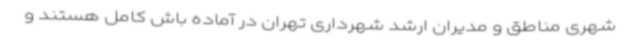
شهری مناطق و مدیران ارشد شهرداری تهران در آماده باش کامل هستند و